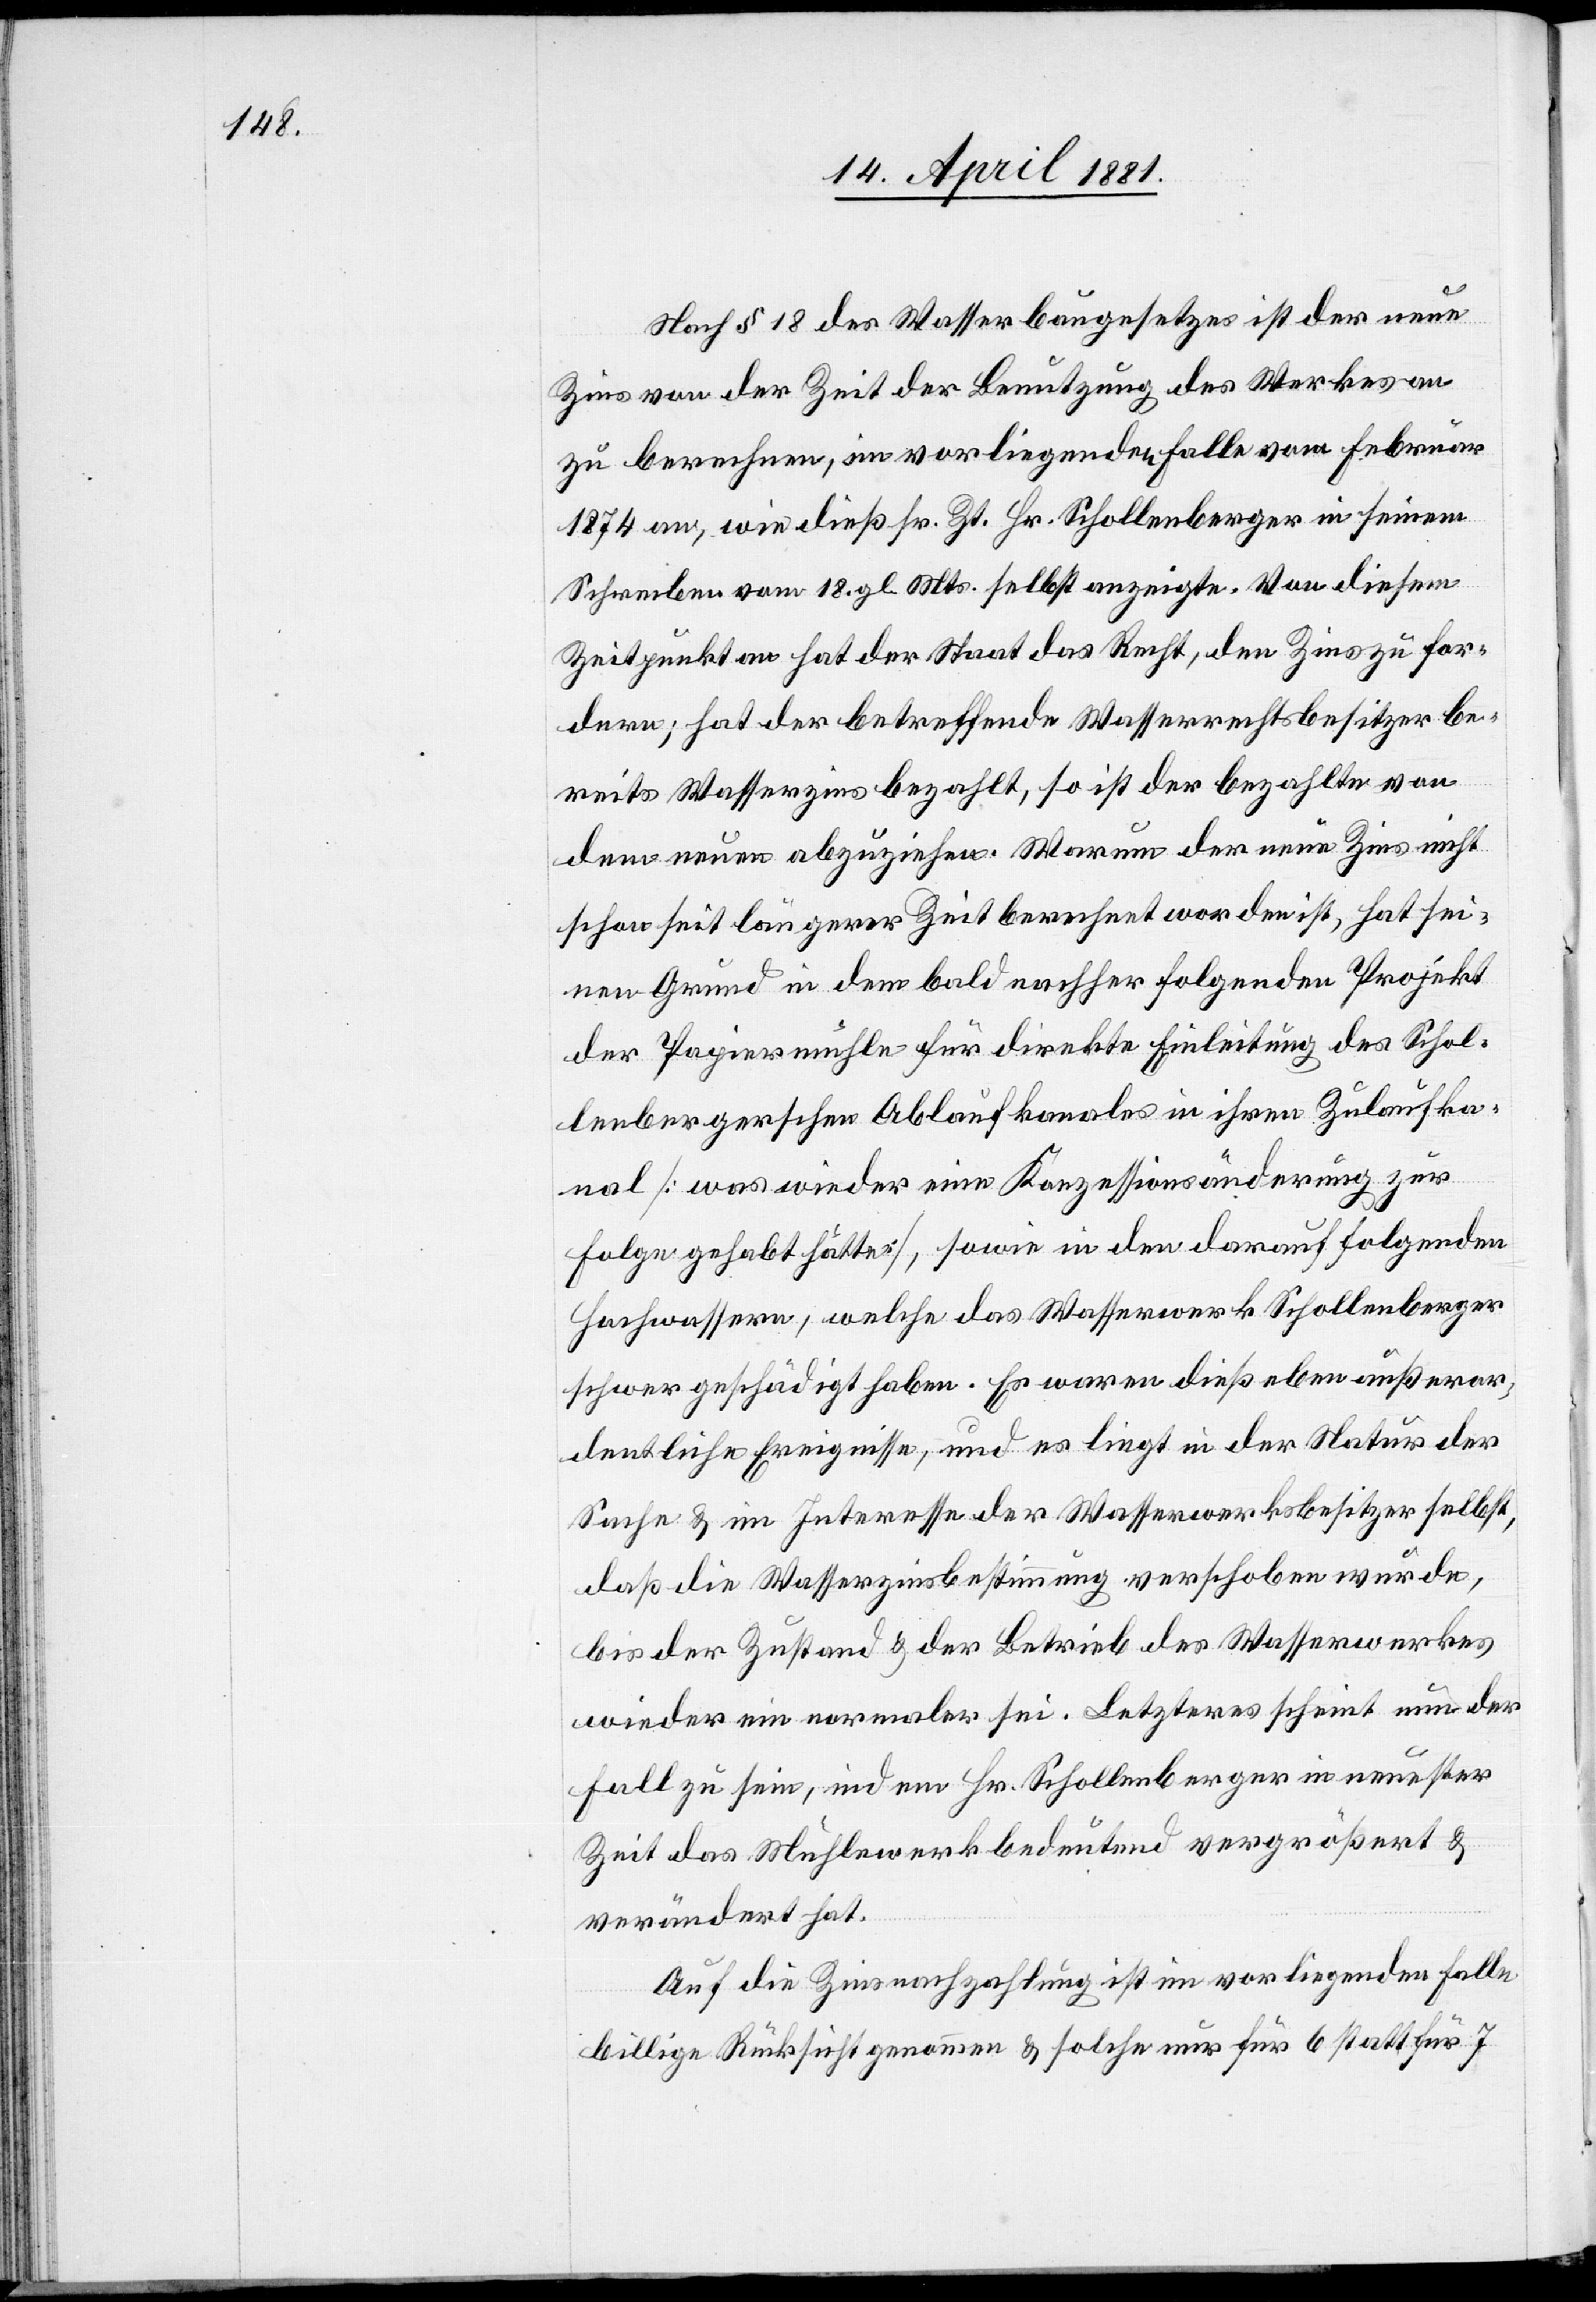
Nach § 18 des Wasserbaugesetzes ist der neue
Zins von der Zeit der Benutzung des Werkes an
zu berechnen, im vorliegenden Falle vom Februar
1874 an, wie dieß sr. Zt. Hr. Schollenberger in seinem
Schreiben vom 18. gl. Mts. selbst anzeigte. Von diesem
Zeitpunkt an hat der Staat das Recht, den Zins zu for¬
dern; hat der betreffende Wasserrechtsbesitzer be¬
reits Wasserzins bezahlt, so ist der bezahlte von
dem neuen abzuziehen. Warum der neue Zins nicht
schon seit längerer Zeit berechnet worden ist, hat sei¬
nen Grund in dem bald nachher folgenden Projekt
der Papiermühle für direkte Einleitung des Schol¬
lenbergerschen Ablaufkanals in ihren Zulaufka¬
nal [was wieder eine Konzessionsänderung zur
Folge gehabt hätte], sowie in den darauf folgenden
Hochwassern, welche das Wasserwerk Schollenberger
schwer geschädigt haben. Es waren dieß eben außeror¬
dentliche Ereignisse, und es liegt in der Natur der
Sache & im Interesse der Wasserwerksbesitzer selbst,
daß die Wasserzinsbestimmung verschoben wurde,
bis der Zustand & der Betrieb des Wasserwerkes
wieder ein normaler sei. Letzteres scheint nun der
Fall zu sein, indem Hr. Schollenberger in neuester
Zeit das Mühlwerk bedeutend vergrößert &
verändert hat.
Auf die Zinsnachzahlung ist im vorliegenden Falle
billige Rücksicht genommen & solche nur für 6 statt für 7